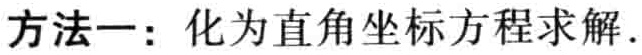
方法一：化为直角坐标方程求解.